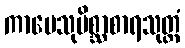
ကာမေသုမိစ္ဆာစာရသုတ္တံ